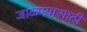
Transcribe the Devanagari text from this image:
जाळ्ण्यासाठी